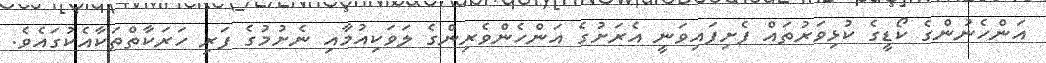
އަންހެނުންގެ ކޯޑީގެ ކުޅިވަރުތައް ފެށިފައިވަނީ އެރަށުގެ އަންހެންވެރިންގެ ލަވަކިއުމާއި ނެށުމުގެ ފަރި ހަރަކާތްތަކާއެކުގައެވެ.